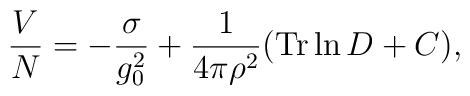
\frac{V}{N}=-\frac{\sigma}{g_0^2}+\frac{1}{4\pi\rho^2}({\rm Tr} \ln D+ C),